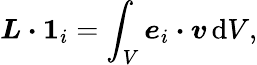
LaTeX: \boldsymbol{L}\boldsymbol{\cdot}\boldsymbol{1}_{i}=\int_{V}\boldsymbol{e}_{i}\boldsymbol{\cdot}\boldsymbol{v}\, \mathrm{d}V,